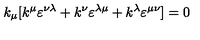
k _ { \mu } [ k ^ { \mu } \varepsilon ^ { \nu \lambda } + k ^ { \nu } \varepsilon ^ { \lambda \mu } + k ^ { \lambda } \varepsilon ^ { \mu \nu } ] = 0